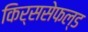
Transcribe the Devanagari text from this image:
किर्ससेफल्ड